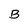
Character: B